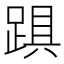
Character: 𨁺